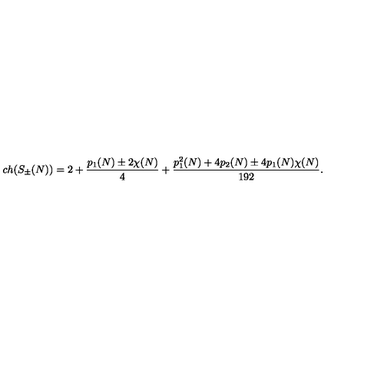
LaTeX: c h ( S _ { \pm } ( N ) ) = 2 + { \frac { p _ { 1 } ( N ) \pm 2 \chi ( N ) } { 4 } } + { \frac { p _ { 1 } ^ { 2 } ( N ) + 4 p _ { 2 } ( N ) \pm 4 p _ { 1 } ( N ) \chi ( N ) } { 1 9 2 } } .